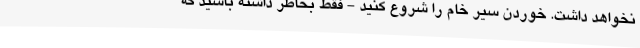
نخواهد داشت. خوردن سیر خام را شروع کنید - فقط بخاطر داشته باشید که